画像に写った文字を読んでください
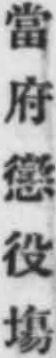
「當府懲役塲」と書いてあります